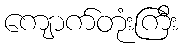
ကျောက်တုံးကြီး